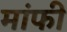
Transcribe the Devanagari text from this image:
मांफी